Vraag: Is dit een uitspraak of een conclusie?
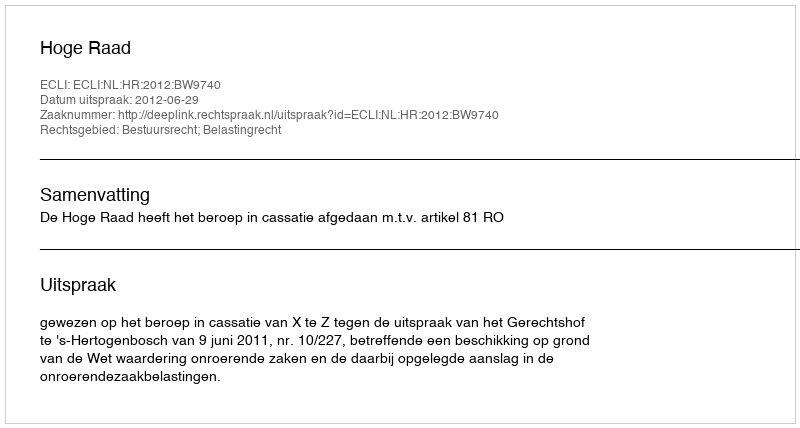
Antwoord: Uitspraak